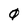
Character: 0